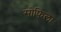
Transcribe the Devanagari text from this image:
सोफिला